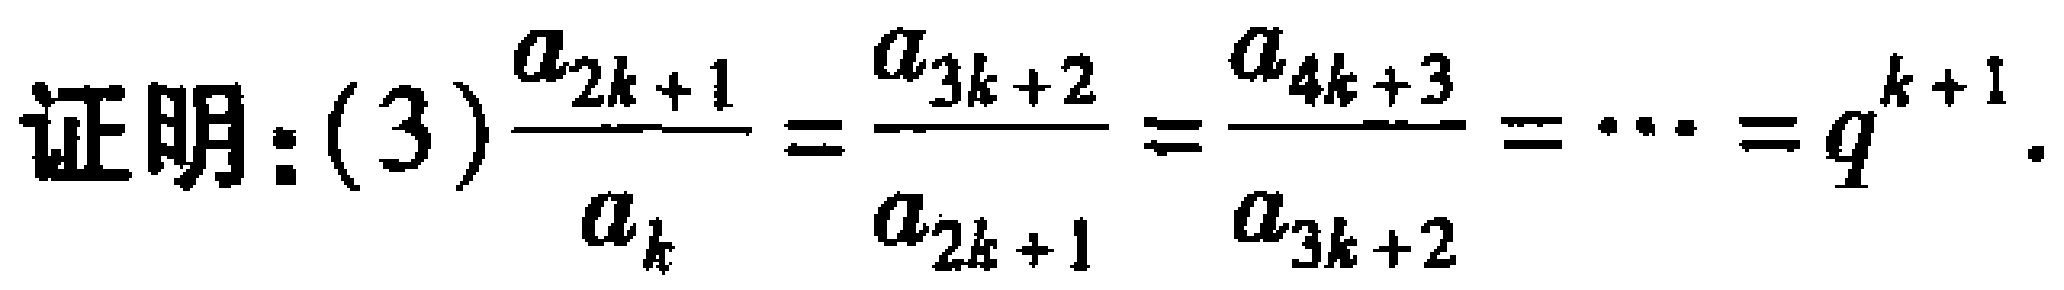
证明：(3)$\frac{a_{2k + 1}}{a_{k}} = \frac{a_{3k + 2}}{a_{2k + 1}} = \frac{a_{4k + 3}}{a_{3k + 2}} = \cdots = q^{k + 1}$.